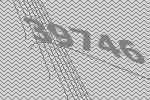
39746